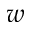
w